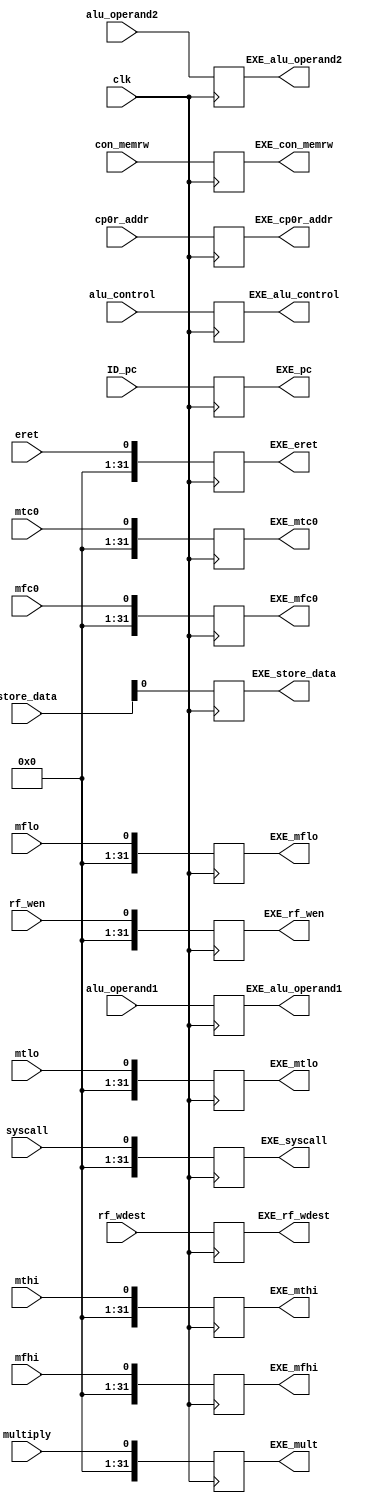
module ID_EX(
input clk,
input multiply,
input mthi,mtlo, mfhi, mflo, mtc0, mfc0, syscall, eret,rf_wen,
input [11:0] alu_control,
input [31:0] alu_operand1, alu_operand2,
input  [3:0] con_memrw,
input [31:0] store_data,
input [7:0] cp0r_addr, 
input [4:0] rf_wdest,
input [31:0] ID_pc,

output reg [31:0] EXE_mult, EXE_mthi, EXE_mtlo, EXE_mfhi,EXE_mflo,EXE_mtc0,EXE_mfc0,EXE_syscall,EXE_eret,EXE_rf_wen,
output reg [11:0] EXE_alu_control,
output reg [31:0] EXE_alu_operand1,EXE_alu_operand2,
output reg [3:0] EXE_con_memrw,
output reg EXE_store_data,
output reg [7:0]EXE_cp0r_addr,
output reg [4:0] EXE_rf_wdest,
output reg [31:0] EXE_pc
);

always @(posedge clk)
begin
EXE_mult=multiply;
 EXE_mthi=mthi;
EXE_mtlo=mtlo;
 EXE_mfhi=mfhi;
EXE_mflo=mflo;
EXE_mtc0=mtc0;
EXE_mfc0=mfc0;
EXE_syscall=syscall;
EXE_eret=eret;
EXE_rf_wen=rf_wen;
EXE_alu_control=alu_control;
 EXE_alu_operand1=alu_operand1;
EXE_alu_operand2=alu_operand2;
 EXE_con_memrw=con_memrw;
 EXE_store_data=store_data;
EXE_cp0r_addr=cp0r_addr;
 EXE_rf_wdest=rf_wdest;
 EXE_pc=ID_pc;
end
endmodule